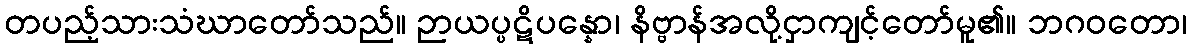
တပည့်သားသံဃာတော်သည်။ ဉာယပ္ပဋိပန္နော၊ နိဗ္ဗာန်အလို့ငှာကျင့်တော်မူ၏။ ဘဂဝတော၊